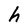
Character: h